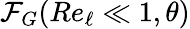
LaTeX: \mathcal{F}_{G}(\textit{Re}_{\ell}\ll 1,\theta)